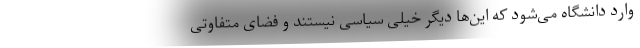
وارد دانشگاه می‌شود که این‌ها دیگر خیلی سیاسی نیستند و فضای متفاوتی